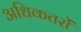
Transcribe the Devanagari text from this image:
अधिकतरों